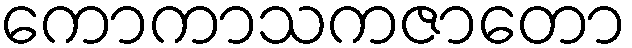
ကောကာသကဇာတော